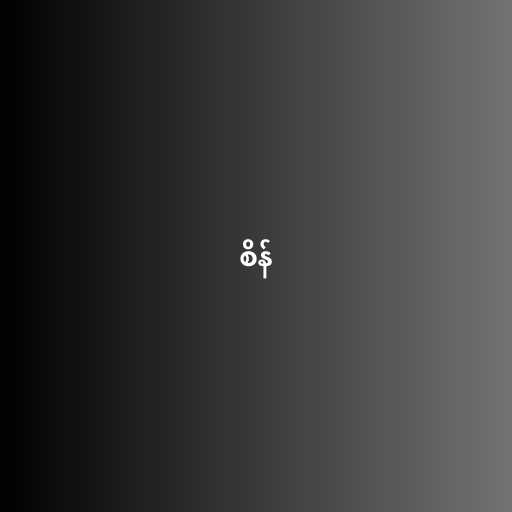
စိန်